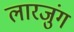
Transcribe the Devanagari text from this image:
लारजुंग